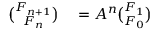
\begin{array} { r l } { { \binom { F _ { n + 1 } } { F _ { n } } } } & { { } = A ^ { n } { \binom { F _ { 1 } } { F _ { 0 } } } } \end{array}